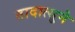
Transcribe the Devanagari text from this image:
तादात्सुने